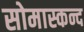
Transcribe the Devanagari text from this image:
सोमास्कन्द